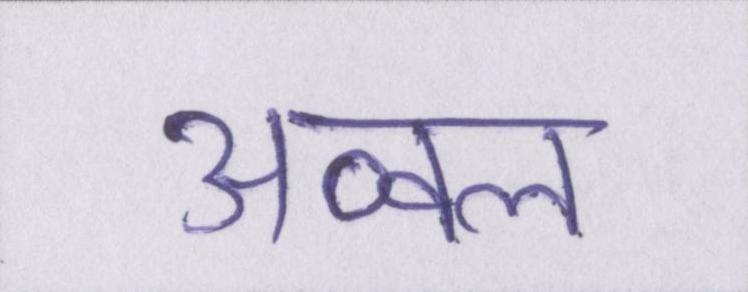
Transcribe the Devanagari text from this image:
अव्वल